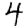
Digit: 4